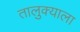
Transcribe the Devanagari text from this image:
तालुक्‍याला